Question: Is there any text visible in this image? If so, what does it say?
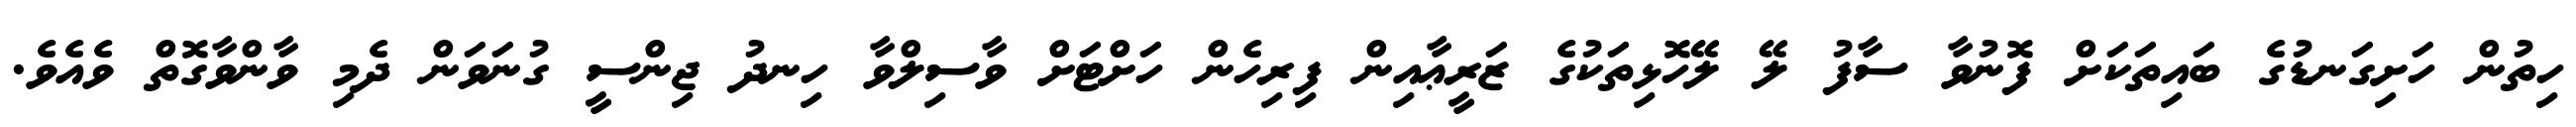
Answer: ހިތުން ހަށިގަނޑުގެ ބައިތަކަށް ފޮނުވާ ސާފު ލޭ ލޭހޮޅިތަކުގެ ޒަރީޢާއިން ފިރިހެން ހަށްޓަށް ވާސިލްވާ ހިނދު ޖިންސީ ގުނަވަން ދެމި ވާންވާގޮތް ވެއެވެ.